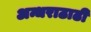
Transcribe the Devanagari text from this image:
अन्धराठाढी